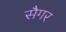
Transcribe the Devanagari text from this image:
सैगर